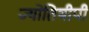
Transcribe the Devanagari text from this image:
ज्योतिषीपी